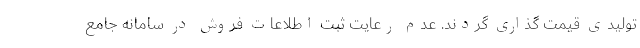
تولیدی قیمت گذاری گردند. عدم رعایت ثبت اطلاعات فروش در سامانه جامع